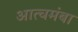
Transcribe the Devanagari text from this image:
आत्चमंबा